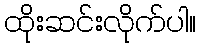
ထိုးဆင်းလိုက်ပါ။